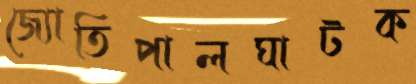
জ্যোতিপালঘাটক